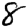
Digit: 8